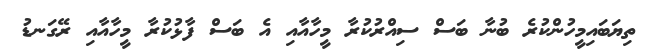
ތިޔަބައިމީހުންކުރެ ބުނާ ބަސް ސިއްރުކުރާ މީހާއާއި އެ ބަސް ފާޅުކުރާ މީހާއާއި ރޭގަނޑު